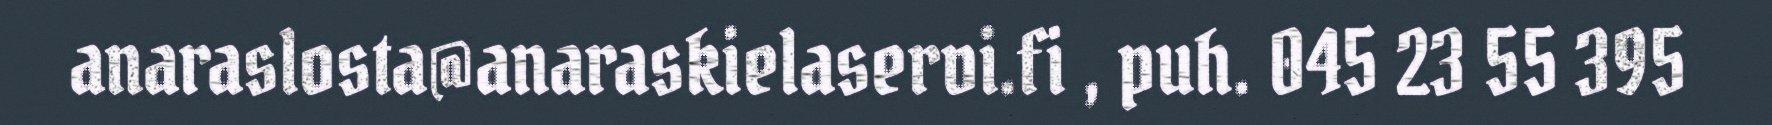
anaraslosta@anaraskielaservi.fi , puh. 045 23 55 395